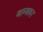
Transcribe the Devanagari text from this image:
जाम्बवन